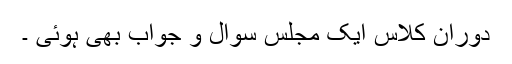
دوران کلاس ایک مجلس سوال و جواب بھی ہوئی ۔